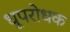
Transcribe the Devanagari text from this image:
धूपरोधक